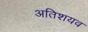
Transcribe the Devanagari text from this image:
अतिशयव